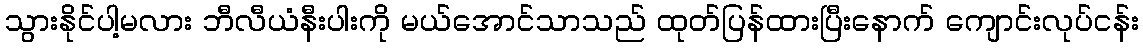
သွားနိုင်ပါ့မလား ဘီလီယံနီးပါးကို မယ်အောင်သာသည် ထုတ်ပြန်ထားပြီးနောက် ကျောင်းလုပ်ငန်း